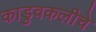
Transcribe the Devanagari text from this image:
काडुवकलीचे